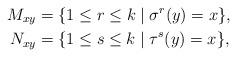
LaTeX: \begin{align*}M_{xy} &= \{1 \leq r \leq k \mid \sigma^r(y) = x \}, \\N_{xy} &= \{1 \leq s \leq k \mid \tau^s(y) = x \}, \end{align*}